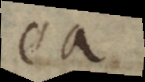
ea